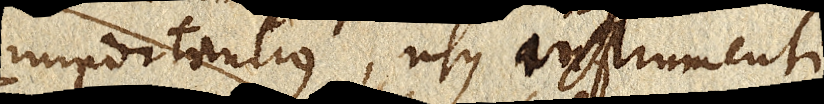
importantius, usus instrumenti